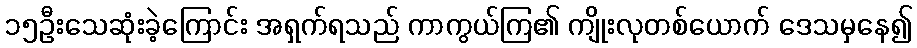
၁၅ဦးသေဆုံးခဲ့ကြောင်း အရှက်ရသည် ကာကွယ်ကြ၏ ကျိုးလုတစ်ယောက် ဒေသမှနေ၍